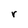
Character: r